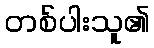
တစ်ပါးသူ၏